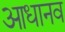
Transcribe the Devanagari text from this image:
आधानव